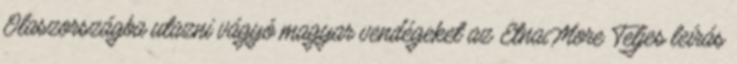
Olaszországba utazni vágyó magyar vendégeket az EtnaMore Teljes leírás